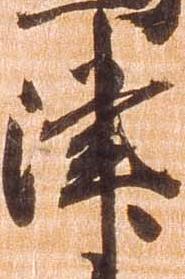
津